Mental hospitals Bombay report 1929-33 - 1929-1933
Year: 1929
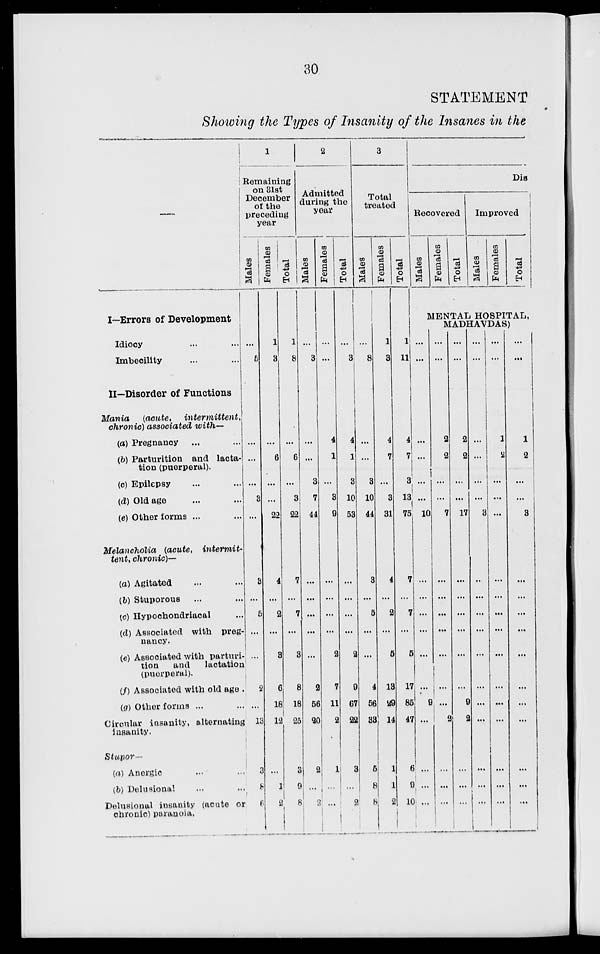
30
STATEMENT
Showing the Types of Insanity of the Insanes in the
I—Errors of Development
Idiocy ... ...
Imbecility ... ...
II—Disorder of Functions
Mania
(acute,
intermittent,
chronic) associated
with—
(a) Pregnancy ... ...
(b) Parturition and lacta-
tion (puerperal).
(c) Epilepsy ... ...
(d) Old age ... ...
(e) Other forms ... ...
Melancholia
(acute,
intermit-
tent, chronic)—
(a) Agitated ... ...
(b) Stuporous ... ...
(c) Hypochondriacal ...
(d) Associated with preg-
nancy.
(e) Associated with parturi-
tion
and
lactation
(puerperal).
(f) Associated with old age .
(g) Other forms ... ...
Circular insanity, alternating
insanity.
Stupor—
(a) Anergic ... ...
(b) Delusional ... ...
Delusional insanity (acute or
chronic) paranoia.
1
Remaining
on 31st
December
of the
preceding
year
Males
...
5
...
...
...
3
...
3
...
5
...
...
2
...
13
3
8
6
Females
1
3
...
6
...
...
22
4
...
2
...
3
6
18
12
...
1
2
Total
1
8
...
6
...
3
22
7
...
7
...
3
8
18
25
3
9
8
2
Admitted
during the
year
Males
...
3
...
...
3
7
44
...
...
...
...
...
2
56
20
2
...
2
Females
...
...
4
1
...
3
9
...
...
...
...
2
7
11
2
1
...
...
Total
...
3
4
1
3
10
53
...
...
...
...
2
9
67
22
3
...
2
3
Total
treated
Males
...
8
...
...
3
10
44
3
...
5
...
...
4
56
33
5
8
8
Females
1
3
4
7
...
3
31
4
...
2
...
5
13
29
14
1
1
2
Total
1
11
4
7
3
13
75
7
...
7
...
5
17
85
47
6
9
10
Dis
Recovered
Males
Females
Total
Improved
Males
Females
Total
MENTAL HOSPITAL,
MADHAVDAS)
...
...
...
...
...
...
10
...
...
...
...
...
...
9
...
...
...
...
...
...
2
2
...
...
7
...
...
...
...
...
...
...
2
...
...
...
...
...
2
2
...
...
17
...
...
...
...
...
...
9
2
...
...
...
...
...
...
...
...
...
3
...
...
...
...
...
...
...
...
...
...
...
...
...
1
2
...
...
...
...
...
...
...
...
...
...
...
...
...
...
...
...
1
2
...
...
3
...
...
...
...
...
...
...
...
...
...
...